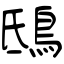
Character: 鴟